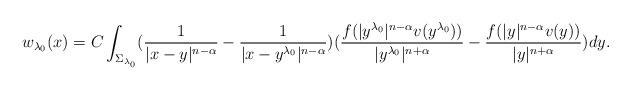
LaTeX: \begin{align*}w_{\lambda_0}(x)=C\int_{\Sigma_{\lambda_0}}(\frac{1}{|x-y|^{n-\alpha}}-\frac{1}{|x-y^{\lambda_0}|^{n-\alpha}})(\frac{f(|y^{\lambda_0}|^{n-\alpha}v(y^{\lambda_0}))}{|y^{\lambda_0}|^{n+\alpha}}-\frac{f(|y|^{n-\alpha}v(y))}{|y|^{n+\alpha}})dy.\end{align*}